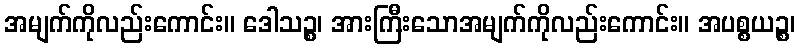
အမျက်ကိုလည်းကောင်း။ ဒေါသဉ္စ၊ အားကြီးသောအမျက်ကိုလည်းကောင်း။ အပစ္စယဉ္စ၊